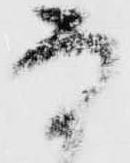
な